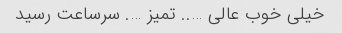
خیلی خوب عالی ….. تمیز …. سرساعت رسید